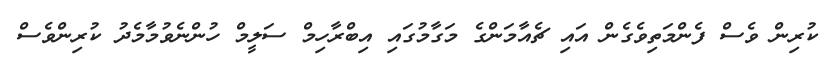
ކުރިން ވެސް ފެންމަތިވެގެން އައި ޗެއާމަންގެ މަގާމުގައި އިބްރާހިމް ސަލީމް ހުންނެވުމާމެދު ކުރިންވެސް